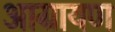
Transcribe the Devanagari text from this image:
आग्रायण